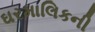
ઘરમાલિકની